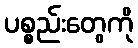
ပစ္စည်းတွေကို